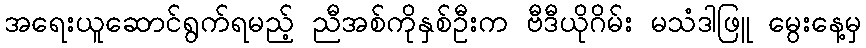
အရေးယူဆောင်ရွက်ရမည့် ညီအစ်ကိုနှစ်ဦးက ဗီဒီယိုဂိမ်း မသံဒါဖြူ မွေးနေ့မှ